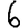
Digit: 6